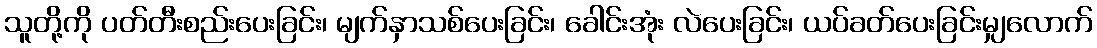
သူတို့ကို ပတ်တီးစည်းပေးခြင်း၊ မျက်နှာသစ်ပေးခြင်း၊ ခေါင်းအုံး လဲပေးခြင်း၊ ယပ်ခတ်ပေးခြင်းမျှလောက်